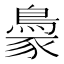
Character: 𬷓